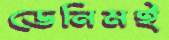
ডেনিমই